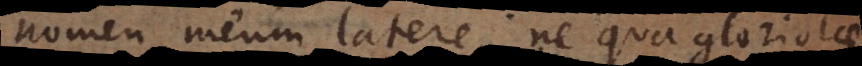
nomen meum latere, ne qua gloriolae